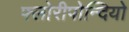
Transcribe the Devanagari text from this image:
फ्लोरीपोन्दियो